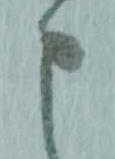
申